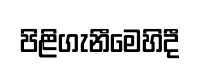
පිළිගැනීමෙහිදී